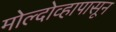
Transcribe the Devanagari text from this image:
मोल्दोव्हापासून